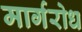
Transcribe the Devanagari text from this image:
मार्गरोध